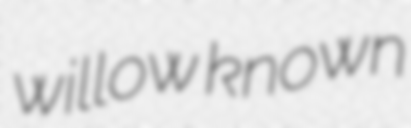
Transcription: willow known